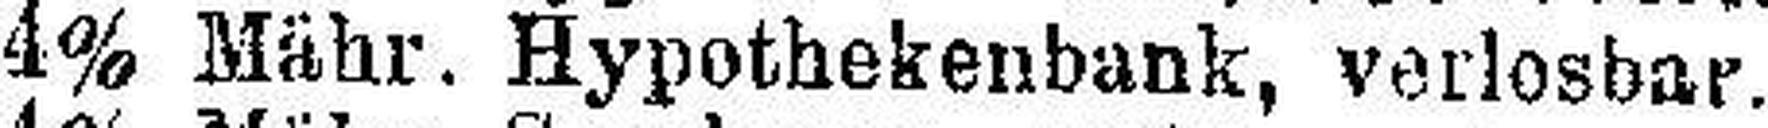
4% Mähr. Hypothekenbank, verlosbar.